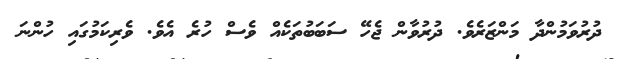
ދުރުވަމުންދާ މަންޒަރެވެ. ދުރުވާން ޖެހޭ ސަބަބުތަކެއް ވެސް ހުރެ އެވެ. ވެރިކަމުގައި ހުންނަ